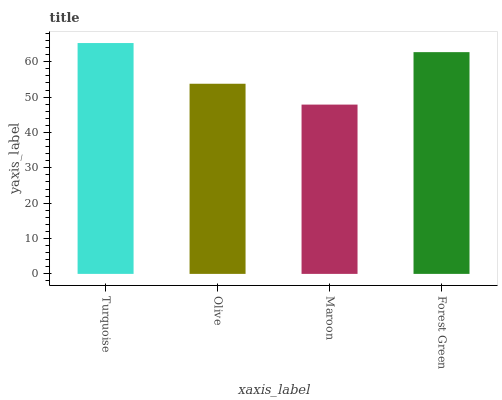
| xaxis_label | bars |
 | --- | --- |
 | Turquoise | 65.3 |
 | Olive | 53.8 |
 | Maroon | 47.9 |
 | Forest Green | 62.7 |